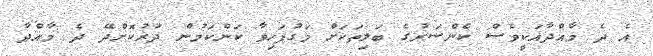
އެ ދެ މާއްދާއަކީވެސް ކެންސަރުގެ ބަލިތަކަށް މަގުފަހިވާ ކަންކަމުން ދުރުކޮށްދޭ ދެ މާއްދާ